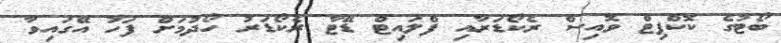
ބޯޓުގެ ކޮކްޕިޓް ވޮއިސް ރެކޯޑަރާއި ފްލައިޓް ޑޭޓާ ރެކޯޑަރު ހޯދުމަށް ފަހު އޭގައިވާ